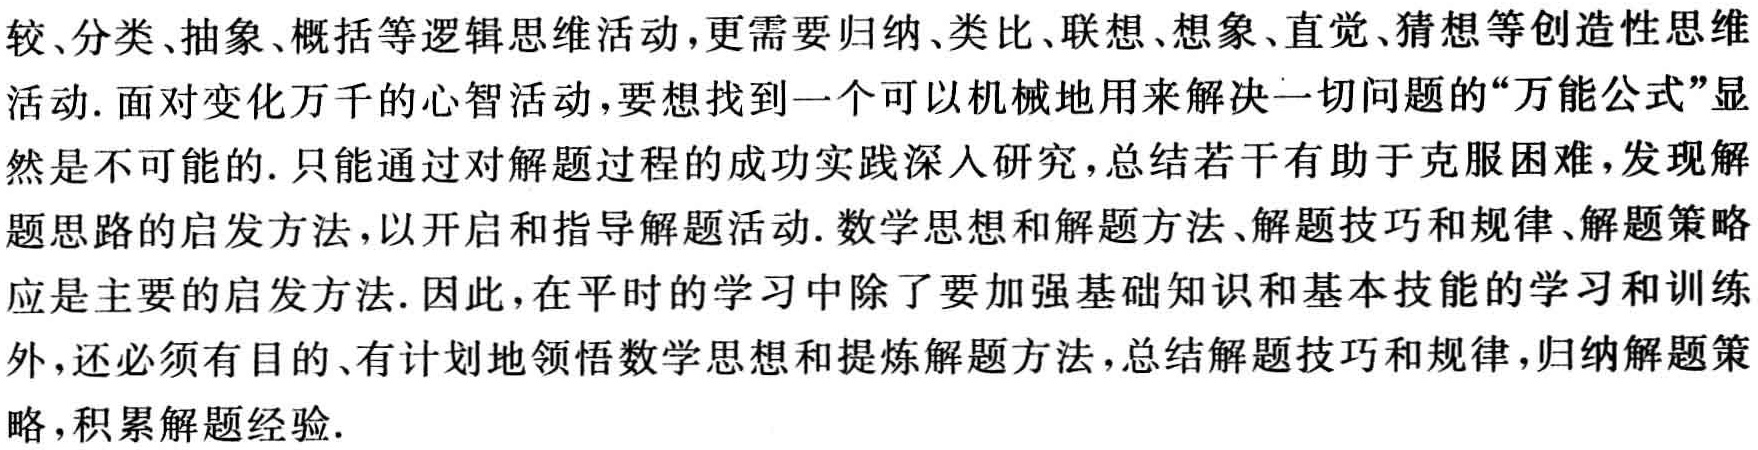
较、分类、抽象、概括等逻辑思维活动，更需要归纳、类比、联想、想象、直觉、猜想等创造性思维活动. 面对变化万千的心智活动，要想找到一个可以机械地用来解决一切问题的“万能公式”显然是不可能的. 只能通过对解题过程的成功实践深入研究，总结若干有助于克服困难，发现解题思路的启发方法，以开启和指导解题活动. 数学思想和解题方法、解题技巧和规律、解题策略应是主要的启发方法. 因此，在平时的学习中除了要加强基础知识和基本技能的学习和训练外，还必须有目的、有计划地领悟数学思想和提炼解题方法，总结解题技巧和规律，归纳解题策略，积累解题经验.